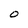
Character: O